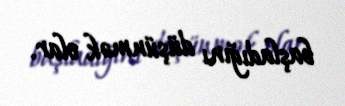
başladığını düşünmək olar.